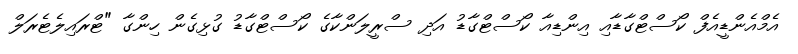
އެމްއެންޑީއެފް ކޯސްޓްގާޑާއި އިންޑިއާ ކޯސްޓްގާޑު އަދި ސްރީލަންކާގެ ކޯސްޓްގާޑު ގުޅިގެން ހިންގާ "ޓްރައިލެޓެރަލް